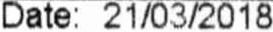
DATE:21/03/2018